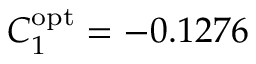
C _ { 1 } ^ { \mathrm { { o p t } } } = - 0 . 1 2 7 6